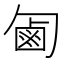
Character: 㔪